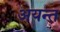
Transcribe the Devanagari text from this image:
अयन्त